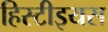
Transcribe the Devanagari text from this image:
हिस्टीइयस